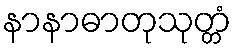
နာနာဓာတုသုတ္တံ